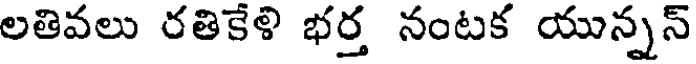
లతివలు రతికేళి భర్త నంటక యున్నన్